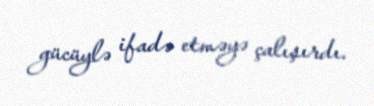
gücüylə ifadə etməyə çalışırdı.